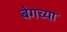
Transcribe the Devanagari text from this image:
बेगच्या